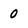
Character: 0